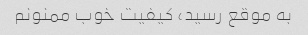
به موقع رسید، کیفیت خوب ممنونم